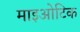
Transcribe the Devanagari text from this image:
माइओटिक